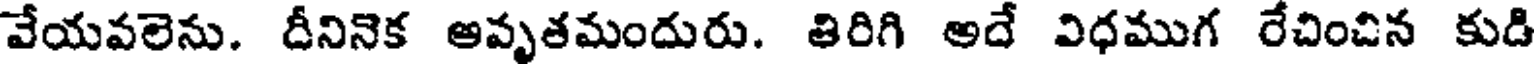
వేయవలెను. దీనినిక అవృతమందురు. తిరిగి అదే విధముగ రేచించిన కుడి